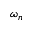
\omega _ { n }